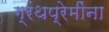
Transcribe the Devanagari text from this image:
ग्रंथप्रेमींना